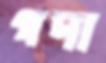
গদা